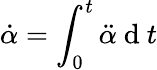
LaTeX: \dot{\alpha}=\int_{0}^{t}\ddot{\alpha}\mathrm{~d~}t